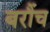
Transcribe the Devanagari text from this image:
बरौंच